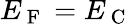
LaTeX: E_{\mathrm{~F~}}=E_{\mathrm{~C~}}